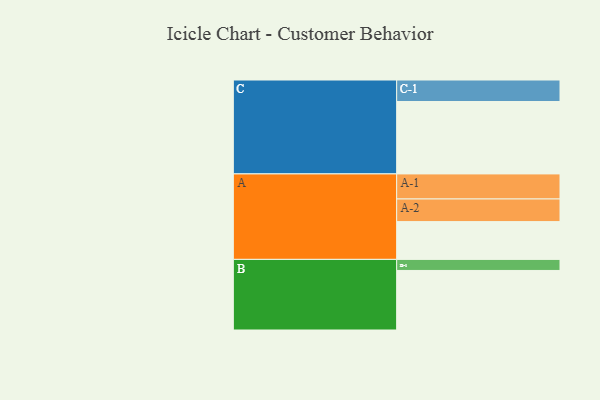
{"axis": {"x": "Segment", "y": "Value"}, "legend": ["", "A", "B", "C"], "data": [{"x": "A", "y": 300, "type": ""}, {"x": "B", "y": 473, "type": ""}, {"x": "C", "y": 575, "type": ""}, {"x": "A-1", "y": 199, "type": "A"}, {"x": "A-2", "y": 180, "type": "A"}, {"x": "B-1", "y": 88, "type": "B"}, {"x": "C-1", "y": 171, "type": "C"}]}